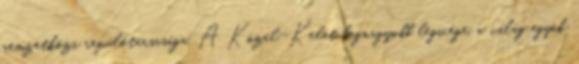
nemzetközi repülőtársasága. A Közel-Kelet legnagyobb légicége, a világ egyik